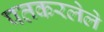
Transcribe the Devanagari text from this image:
पतकरलेले